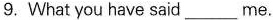
9. What you have said___me.